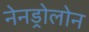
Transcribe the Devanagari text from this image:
नेनड्रोलोन